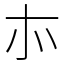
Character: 㝳